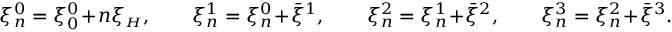
\begin{array} { r } { \xi _ { n } ^ { 0 } = \xi _ { 0 } ^ { 0 } \! + \! n \xi _ { { \scriptscriptstyle H } } , \qquad \xi _ { n } ^ { 1 } = \xi _ { n } ^ { 0 } \! + \! \bar { \xi } ^ { 1 } , \qquad \xi _ { n } ^ { 2 } = \xi _ { n } ^ { 1 } \! + \! \bar { \xi } ^ { 2 } , \qquad \xi _ { n } ^ { 3 } = \xi _ { n } ^ { 2 } \! + \! \bar { \xi } ^ { 3 } . } \end{array}